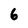
Character: 6